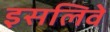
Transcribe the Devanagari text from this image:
इसलिवे